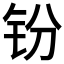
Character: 𫟴